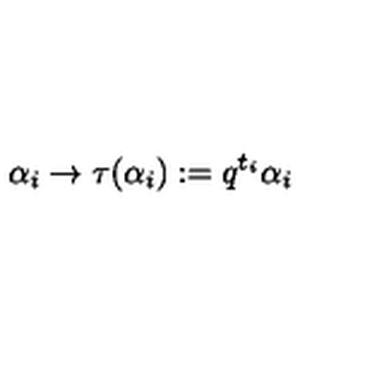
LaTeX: \alpha _ { i } \rightarrow \tau ( \alpha _ { i } ) : = q ^ { t _ { i } } \alpha _ { i }